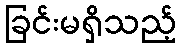
ခြင်းမရှိသည့်